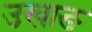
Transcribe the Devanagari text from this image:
उखाङ